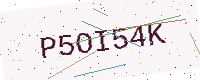
Text: P5OI54K